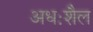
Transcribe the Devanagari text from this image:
अधःशैल